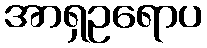
အာရှဥရောပ